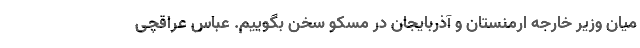
میان وزیر خارجه ارمنستان و آذربایجان در مسکو سخن بگوییم. عباس عراقچی